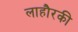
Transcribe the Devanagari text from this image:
लाहौरकी